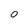
Character: 0